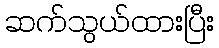
ဆက်သွယ်ထားပြီး